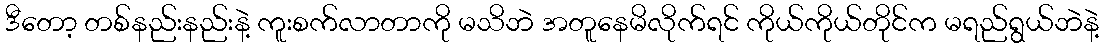
ဒီတော့ တစ်နည်းနည်းနဲ့ ကူးစက်လာတာကို မသိဘဲ အတူနေမိလိုက်ရင် ကိုယ်ကိုယ်တိုင်က မရည်ရွယ်ဘဲနဲ့